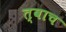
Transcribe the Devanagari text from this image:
त्वाच